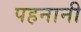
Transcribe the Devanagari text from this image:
पहनानी